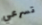
تسرعي